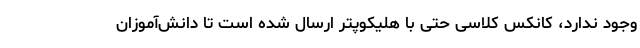
وجود ندارد، کانکس کلاسی حتی با هلیکوپتر ارسال شده است تا دانش‌آموزان